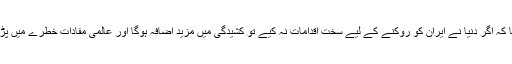
انہوں نے کہا کہ اگر دنیا نے ایران کو روکنے کے لیے سخت اقدامات نہ کیے تو کشیدگی میں مزید اضافہ ہوگا اور عالمی مفادات خطرے میں پڑ جائیں گے ۔